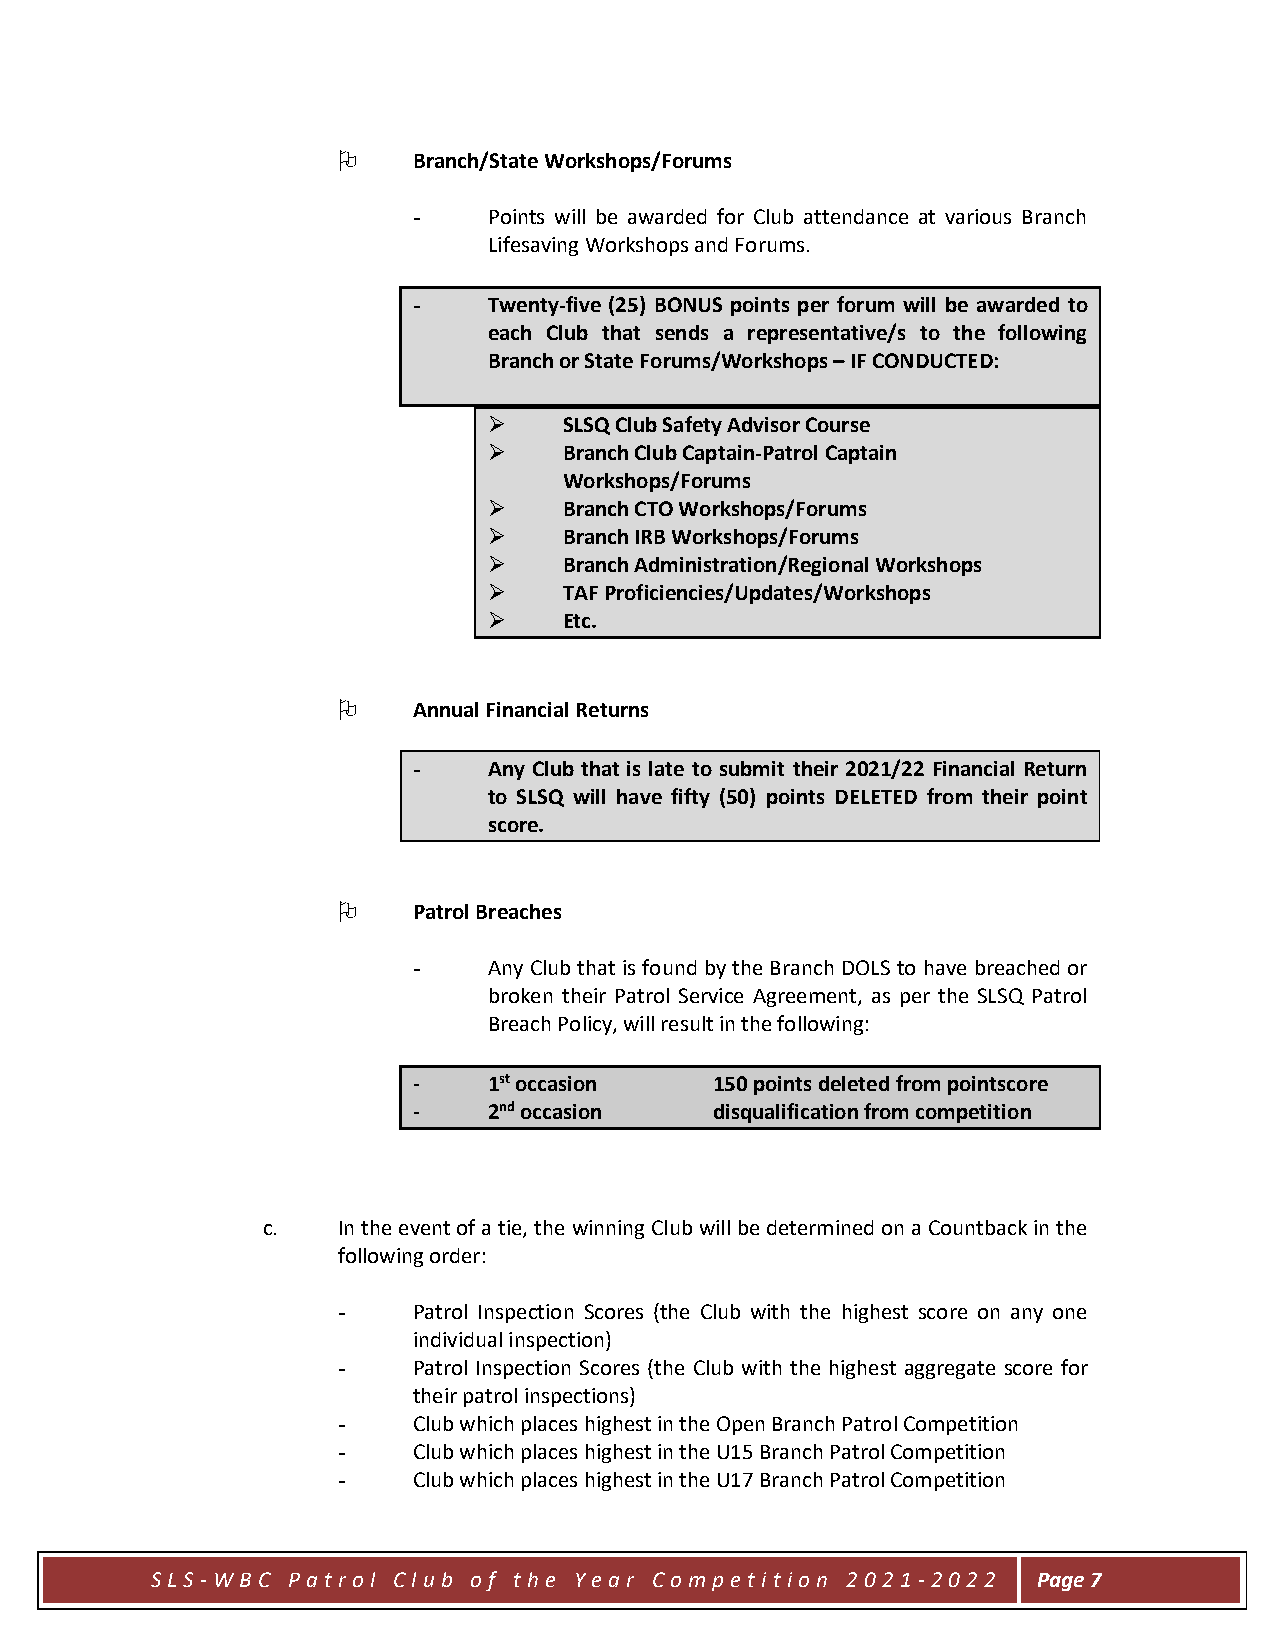
    Branch/State Workshops/Forums
 -    Points will be awarded for Club attendance at various Branch
 Lifesaving Workshops and Forums.
 -    Twenty-five (25) BONUS points per forum will be awarded to
 each Club that sends a representative/s to the following
 Branch or State Forums/Workshops – IF CONDUCTED:
 ➢    SLSQ Club Safety Advisor Course
 ➢    Branch Club Captain-Patrol Captain
 Workshops/Forums
 ➢    Branch CTO Workshops/Forums
 ➢    Branch IRB Workshops/Forums
 ➢    Branch Administration/Regional Workshops
 ➢    TAF Proficiencies/Updates/Workshops
 ➢    Etc.
     Annual Financial Returns
 -    Any Club that is late to submit their 2021/22 Financial Return
 to SLSQ will have fifty (50) points DELETED from their point
 score.
     Patrol Breaches
 -    Any Club that is found by the Branch DOLS to have breached or
 broken their Patrol Service Agreement, as per the SLSQ Patrol
 Breach Policy, will result in the following:
 -    1st occasion   150 points deleted from pointscore
 -    2nd occasion   disqualification from competition
 c.   In the event of a tie, the winning Club will be determined on a Countback in the
 following order:
 -    Patrol Inspection Scores (the Club with the highest score on any one
 individual inspection)
 -    Patrol Inspection Scores (the Club with the highest aggregate score for
 their patrol inspections)
 -    Club which places highest in the Open Branch Patrol Competition
 -    Club which places highest in the U15 Branch Patrol Competition
 -    Club which places highest in the U17 Branch Patrol Competition
 S LS -W BC P atr ol C lub of t he Y ear Com pet it ion 202 1 -2 02 2 Page 7